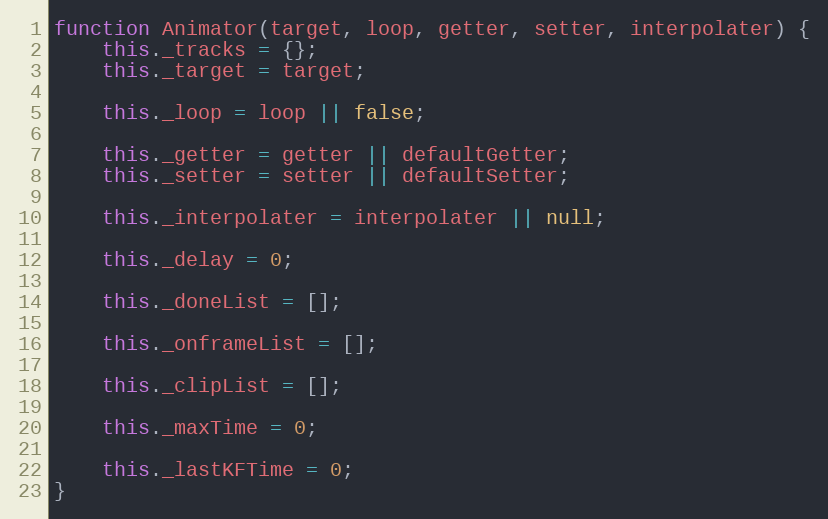
Language: JavaScript
function Animator(target, loop, getter, setter, interpolater) {
    this._tracks = {};
    this._target = target;

    this._loop = loop || false;

    this._getter = getter || defaultGetter;
    this._setter = setter || defaultSetter;

    this._interpolater = interpolater || null;

    this._delay = 0;

    this._doneList = [];

    this._onframeList = [];

    this._clipList = [];

    this._maxTime = 0;

    this._lastKFTime = 0;
}